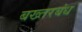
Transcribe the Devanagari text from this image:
बख्तरबंध